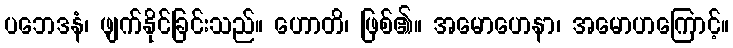
ပဘေဒနံ၊ ဖျက်နိုင်ခြင်းသည်။ ဟောတိ၊ ဖြစ်၏။ အမောဟေနာ၊ အမောဟကြောင့်။